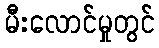
မီးလောင်မှုတွင်